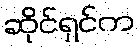
ဆိုင်ရှင်က